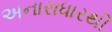
અનારાધારથી